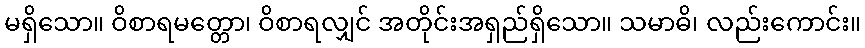
မရှိသော။ ဝိစာရမတ္တော၊ ဝိစာရလျှင် အတိုင်းအရှည်ရှိသော။ သမာဓိ၊ လည်းကောင်း။